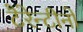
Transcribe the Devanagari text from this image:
टैरेन्टीनो